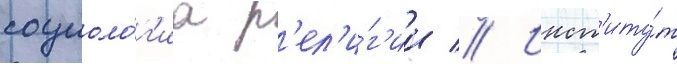
социоло́г'иа р'ел'и́г'ии // Инст'иту́т